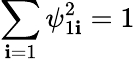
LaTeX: \sum_{\mathbf{i}=1}\psi_{1\mathbf{i}}^{2}=1